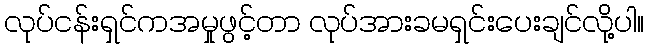
လုပ်ငန်းရှင်ကအမှုဖွင့်တာ လုပ်အားခမရှင်းပေးချင်လို့ပါ။